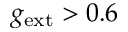
g _ { \mathrm { e x t } } > 0 . 6